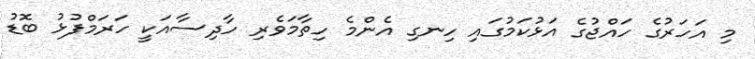
މި އަހަރުގެ ހައްޖުގެ އަޅުކަމުގައި ހިނގި އެންމެ ހިތާމަވެރި ހާދިސާއަކީ ހަރަމްފުޅު ބޮޑު